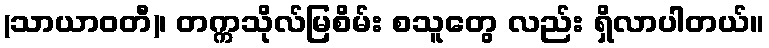
(သာယာဝတီ)၊ တက္ကသိုလ်မြစိမ်း စသူတွေ လည်း ရှိလာပါတယ်။